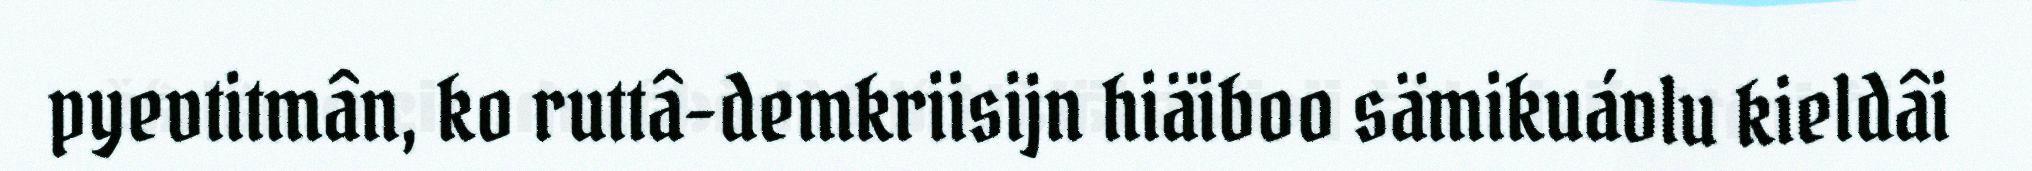
pyevtitmân, ko ruttâ-demkriisijn hiäiboo sämikuávlu kieldâi